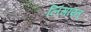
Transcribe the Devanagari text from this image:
लिंगाय्त्